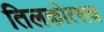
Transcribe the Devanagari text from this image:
तिलकोत्सव